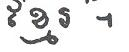
ខ្មែរ ។